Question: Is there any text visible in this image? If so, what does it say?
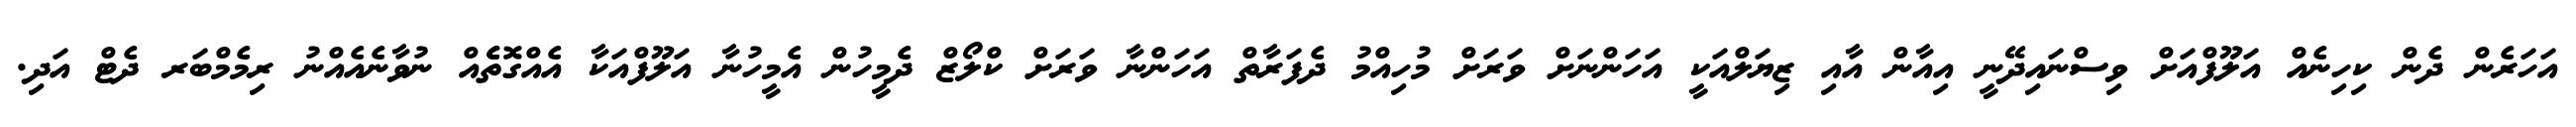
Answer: އަހަރެން ދެން ކިހިނެއް އަލޫފްއަށް ވިސްނައިދޭނީ އިއާން އާއި ޒިޔަލްއަކީ އަހަންނަށް ވަރަށް މުހިއްމު ދެފަރާތް އަހަންނާ ވަރަށް ކްލޯޒް ދެމީހުން އެމީހުނާ އަލޫފްއަކާ އެއްގޮތެެއް ނުވާނެއެއްނު ރިމެމްބަރ ދެޓް އަދި.